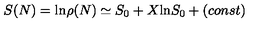
S ( N ) = \mathrm { l n } \rho ( N ) \simeq S _ { 0 } + X \mathrm { l n } S _ { 0 } + ( c o n s t )